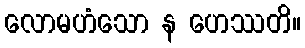
လောမဟံသော န ဟေဿတိ။